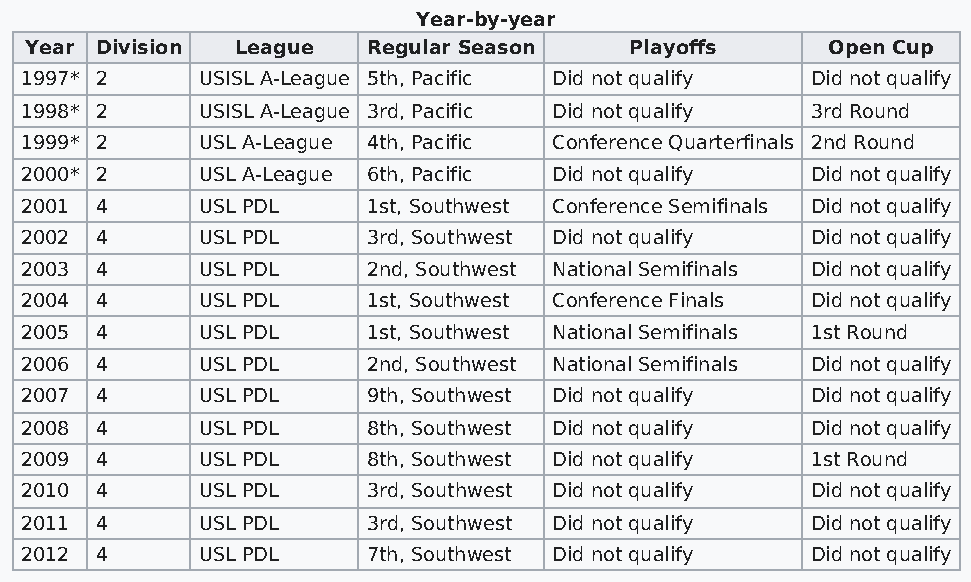
Year-by-year
 Year Division League  Regular Season    Playoffs     Open Cup
 1997* 2     USISL A-League 5th, Pacific Did not qualify Did not qualify
 1998* 2     USISL A-League 3rd, Pacific Did not qualify 3rd Round
 1999* 2     USL A-League 4th, Pacific Conference Quarterfinals 2nd Round
 2000* 2     USL A-League 6th, Pacific Did not qualify Did not qualify
 2001 4      USL PDL    1st, Southwest Conference Semifinals Did not qualify
 2002 4      USL PDL    3rd, Southwest Did not qualify Did not qualify
 2003 4      USL PDL    2nd, Southwest National Semifinals Did not qualify
 2004 4      USL PDL    1st, Southwest Conference Finals Did not qualify
 2005 4      USL PDL    1st, Southwest National Semifinals 1st Round
 2006 4      USL PDL    2nd, Southwest National Semifinals Did not qualify
 2007 4      USL PDL    9th, Southwest Did not qualify Did not qualify
 2008 4      USL PDL    8th, Southwest Did not qualify Did not qualify
 2009 4      USL PDL    8th, Southwest Did not qualify 1st Round
 2010 4      USL PDL    3rd, Southwest Did not qualify Did not qualify
 2011 4      USL PDL    3rd, Southwest Did not qualify Did not qualify
 2012 4      USL PDL    7th, Southwest Did not qualify Did not qualify